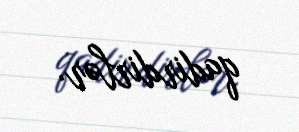
qadirdirlər.